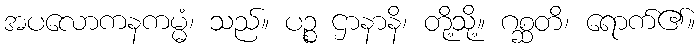
အပလောကနကမ္မံ၊ သည်။ ပဉ္စ ဌာနာနိ၊ တို့သို့။ ဂစ္ဆတိ၊ ရောက်၏။